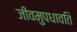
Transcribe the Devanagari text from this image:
जीवमुपधावति